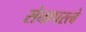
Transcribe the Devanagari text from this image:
संघापरत्वे